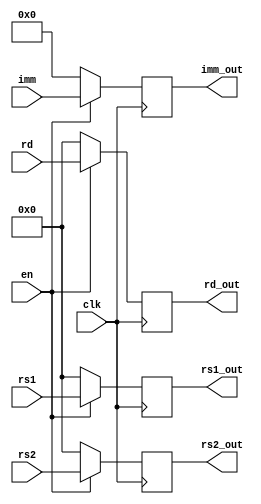
module stage_latch(
  input wire [4:0] rs1, rs2, rd,
  input wire [31:0] imm,
  input wire clk,
  input wire en,
  // agregar flags que vengan dependiendo el stage
  output wire [4:0] rs1_out, rs2_out, rd_out,
  output wire [31:0] imm_out
);

  reg [4:0] rs1_reg;
  reg [4:0] rs2_reg;
  reg [4:0] rd_reg;
  reg [31:0] imm_reg;

  always @(posedge clk) begin
    if (en) begin
      rs1_reg <= rs1;
      rs2_reg <= rs2;
      rd_reg <= rd;
      imm_reg <= imm;
		// agregar flags
    end
	 else begin			//En caso de HALT (en = 0) mando todo en cero (sera cmo un NOP)
		rs1_reg = 0;
      rs2_reg = 0;
      rd_reg = 0;
      imm_reg = 0;
	 end
  end

  assign rs1_out = rs1_reg;
  assign rs2_out = rs2_reg;
  assign rd_out = rd_reg;
  assign imm_out = imm_reg;

endmodule